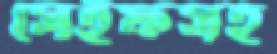
সেইফসহ